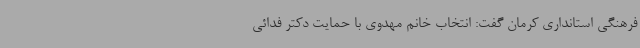
فرهنگی استانداری کرمان گفت: انتخاب خانم مهدوی با حمایت دکتر فدائی